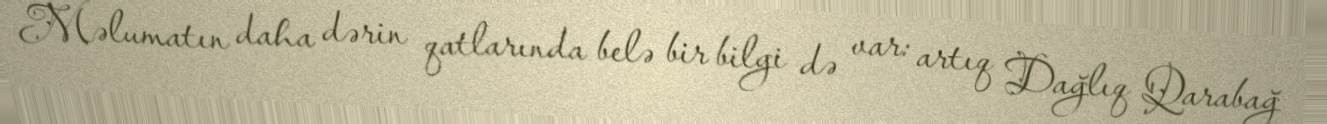
Məlumatın daha dərin qatlarında belə bir bilgi də var: artıq Dağlıq Qarabağ